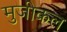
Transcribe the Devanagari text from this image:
मुजीकल